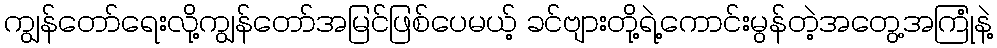
ကျွန်တော်ရေးလို့ကျွန်တော်အမြင်ဖြစ်ပေမယ့် ခင်ဗျားတို့ရဲ့ကောင်းမွန်တဲ့အတွေ့အကြုံနဲ့